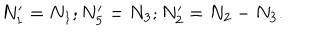
N _ { 1 } ^ { \prime } = N _ { 1 } ; N _ { 5 } ^ { \prime } = N _ { 3 } ; N _ { 2 } ^ { \prime } = N _ { 2 } - N _ { 3 } .